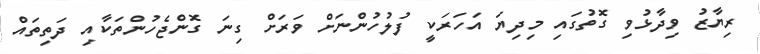
ރިޔާޒު ވިދާޅުވި ގޮތުގައި މިދިޔަ އަހަރަކީ ފުލުހުންނަށް ވަރަށް ގިނަ ގޮންޖެހުންތަކާއި ދަތިތައް